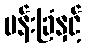
ပန်းခြံနှင့်